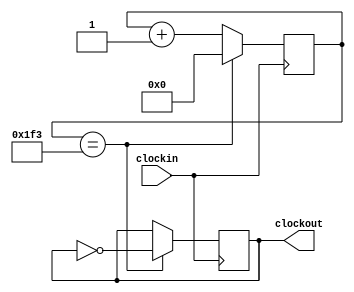
module fenpin1000(clockin,clockout);
input clockin;
output clockout;
reg [9:0]count;
reg clockout;
parameter N=1000;

always@(posedge clockin)
begin
	if(count==N/2-1)
	begin
		count<=0;
		clockout<=~clockout;
	end
	else count<=count+1;
end
endmodule